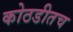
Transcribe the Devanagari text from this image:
कोठडीतच